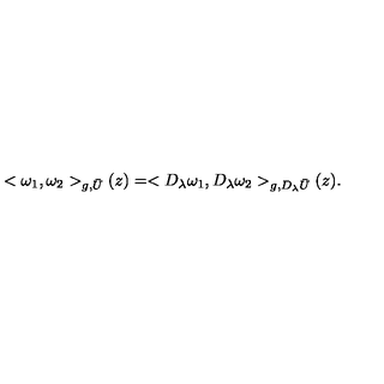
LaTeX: < \omega _ { 1 } , \omega _ { 2 } > _ { g , \bar { U } } ( z ) = < D _ { \lambda } \omega _ { 1 } , D _ { \lambda } \omega _ { 2 } > _ { g , D _ { \lambda } \bar { U } } ( z ) .